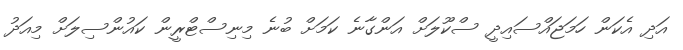
އަދި އެކަން ހަމަޖައްސައިދީ ސްކޫލަށް އަންގާނެ ކަމަށް ބުނެ މިނިސްޓްރީން ކައުންސިލަށް މިއަދު